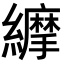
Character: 𦇑